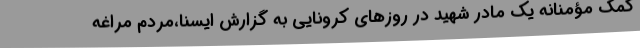
کمک مؤمنانه یک مادر شهید در روزهای کرونایی به گزارش ایسنا،مردم مراغه